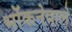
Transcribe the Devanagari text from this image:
भोंकनेवाले